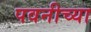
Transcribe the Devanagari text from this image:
पवनीच्या